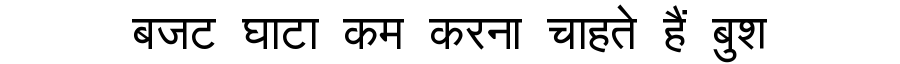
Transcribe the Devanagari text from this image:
बजट घाटा कम करना चाहते हैं बुश